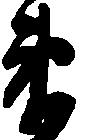
衛